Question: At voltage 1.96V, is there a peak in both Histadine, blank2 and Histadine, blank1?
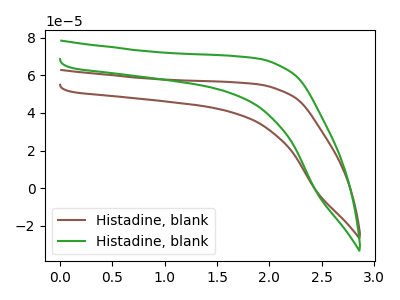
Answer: <think>The brown curve "Histadine, blank1" has no peaks. The green curve "Histadine, blank2" has no peaks.</think>
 <answer>No, "Histadine, blank2" and "Histadine, blank1" dont share a peak at 1.96V.</answer>
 <eval>mismatch</eval>